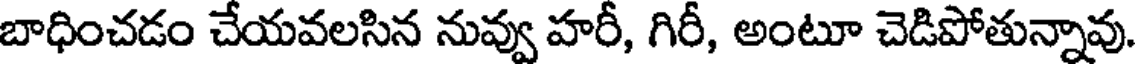
బాధించడం చేయవలసిన నువ్వు హరీ, గిరీ, అంటూ చెడిపోతున్నావు.